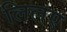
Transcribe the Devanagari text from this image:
लिलए